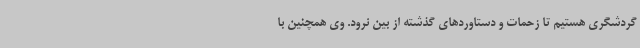
گردشگری هستیم تا زحمات و دستاوردهای گذشته از بین نرود. وی همچنین با